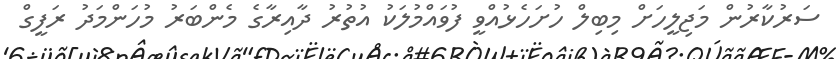
ސަރުކާރުން މަޖިލީހަށް މިބިލް ހުށަހެޅުއްވީ ފުވައްމުލަކު އުތުރު ދާއިރާގެ މެންބަރު މުހަންމަދު ރަފީގް